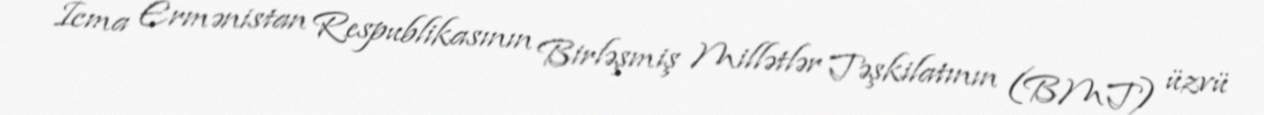
İcma Ermənistan Respublikasının Birləşmiş Millətlər Təşkilatının (BMT) üzvü